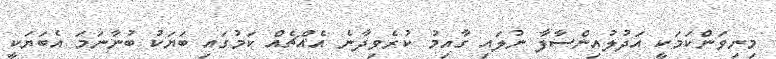
މިނިވަންކަމަކީ އަދުލުއިންސާފާ ނުލައި ގާއިމު ކުރެވިދާނެ އެއްޗެއް ކަމުގައި ބަޔަކު ބުނާނަމަ އެބަޔަކީ